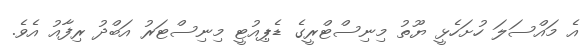
އެ މައްސަލަ ހުށަހެޅީ ޔޫތު މިނިސްޓްރީގެ ޑެޕިއުޓީ މިނިސްޓަރު އަބްދު ރިފާއު އެވެ.